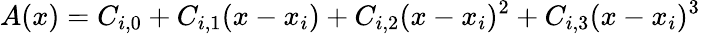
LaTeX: A(x)=C_{i,0}+C_{i,1}(x-x_{i})+C_{i,2}(x-x_{i})^{2}+C_{i,3}(x-x_{i})^{3}